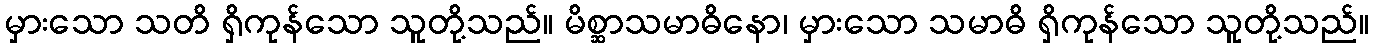
မှားသော သတိ ရှိကုန်သော သူတို့သည်။ မိစ္ဆာသမာဓိနော၊ မှားသော သမာဓိ ရှိကုန်သော သူတို့သည်။